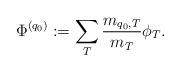
LaTeX: \begin{align*} \Phi^{(q_0)}:= \sum_{T} \frac{m_{q_0,T}}{m_T} \phi_T. \end{align*}